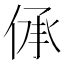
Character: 𠉹